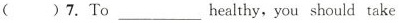
()7. To ___ healthy,you should take